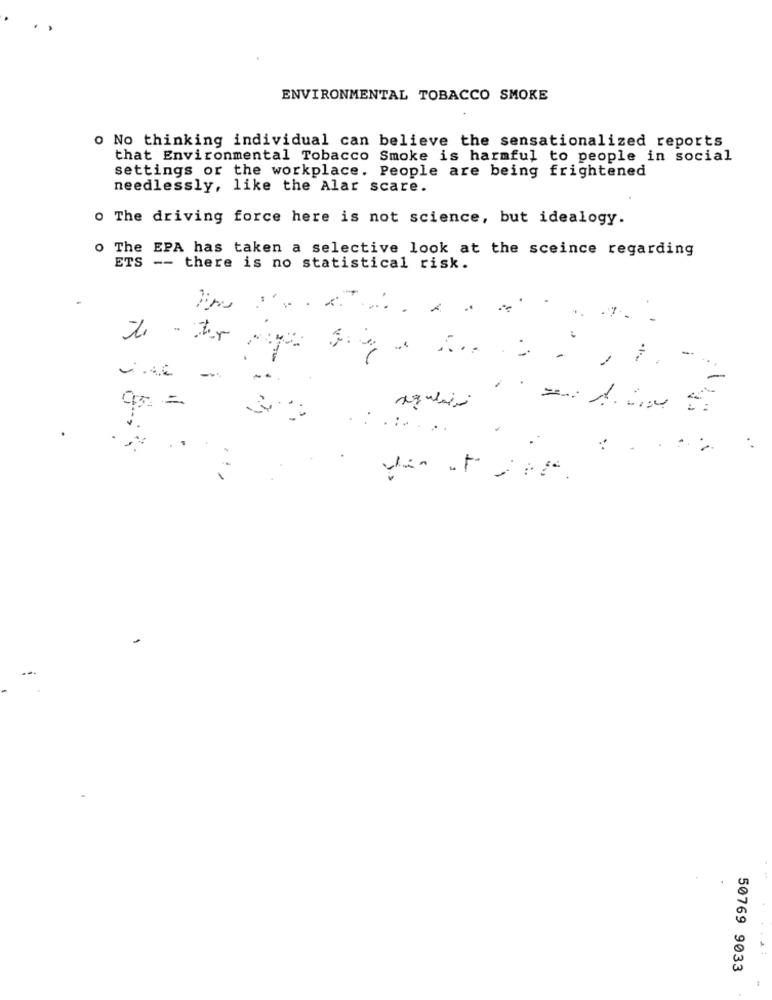
ENVIRONMENTAL TOBACCO SMOKE
o No thinking individual can believe the sensationalized reports
that Environmental Tobacco Smoke is harmful to people in social
settings or the workplace. People are being frightened
needlessly, like the Alar scare.
o The driving force here is not science, but idealogy.
The EPA has taken a selective look at the sceince regarding
ETS
S -- there is no statistical risk.
......
..
:
50769 9033